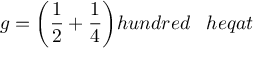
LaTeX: g = { \bigg ( } { \frac { 1 } { 2 } } + { \frac { 1 } { 4 } } { \bigg ) } h u n d r e d \; \; \; h e q a t